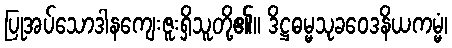
ပြုအပ်သောဒါနကျေးဇူးရှိသူတို့၏။ ဒိဋ္ဌဓမ္မသုခဝေဒနိယကမ္မံ၊